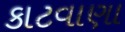
કાટવાણા